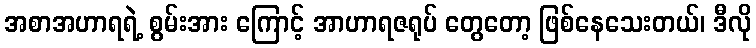
အစာအဟာရရဲ့ စွမ်းအား ကြောင့် အာဟာရဇရုပ် တွေတော့ ဖြစ်နေသေးတယ်၊ ဒီလို